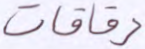
رقاقات